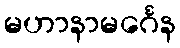
မဟာနာမင်္ဂေန